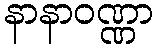
နာနာဝဏ္ဏာ